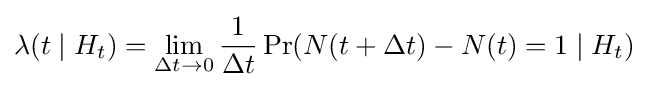
\lambda (t\mid H_{t})=\lim _{\Delta t\to 0}{\frac {1}{\Delta t}}\Pr(N(t+\Delta t)-N(t)=1\mid H_{t})